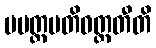
ပမတ္တမတိဝတ္တတီတိ